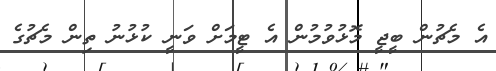
އެ މެޗުން ބީޖީ މޮޅުވުމުން އެ ޓީމަށް ވަނީ ކުޅުނު ތިން މެޗުގެ